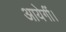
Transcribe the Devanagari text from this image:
आयेगीं।